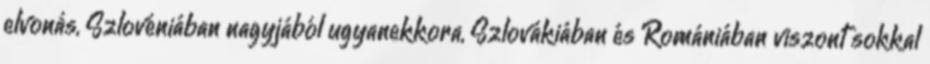
elvonás, Szlovéniában nagyjából ugyanekkora, Szlovákiában és Romániában viszont sokkal